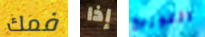
فمك إذا التوزيع